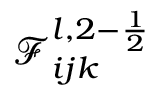
\mathcal { F } _ { i j k } ^ { l , 2 - \frac { 1 } { 2 } }